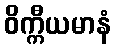
ဝိက္ကီယမာနံ